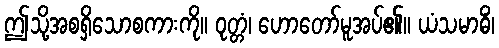
ဤသို့အစရှိသောစကားကို။ ဝုတ္တံ၊ ဟောတော်မူအပ်၏။ ယံသမာဓိံ၊